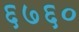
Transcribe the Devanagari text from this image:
६७६०